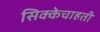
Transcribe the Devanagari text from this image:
सिक्केचाहती